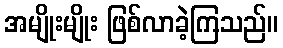
အမျိုးမျိုး ဖြစ်လာခဲ့ကြသည်။